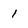
Character: 1